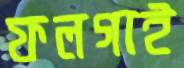
ফলগাই